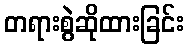
တရားစွဲဆိုထားခြင်း